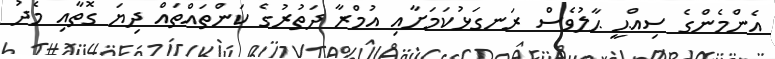
އެންމެންގެ ސިއްޙީ ޙާލުވެސް ރަނގަޅުކަމަށާއި އުމްރާ ދަތުރުގެ ކަންތައްތައް ދިޔަ ގޮތާއި މެދު